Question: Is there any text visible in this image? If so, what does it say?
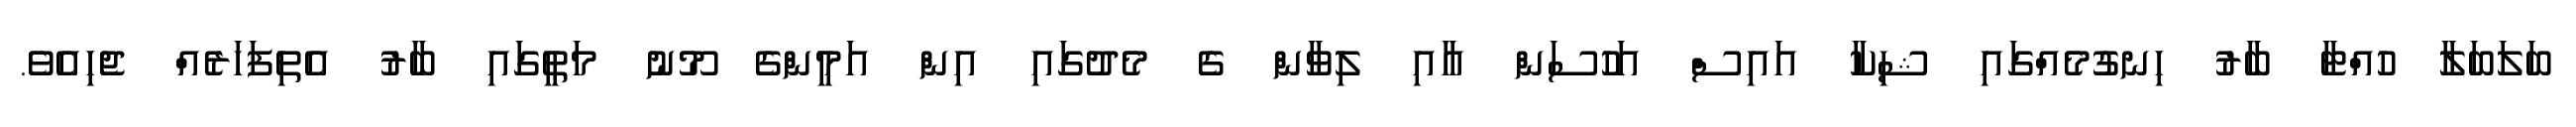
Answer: ބަލަބަލާ ހުއްޓާ ބާރު ހިނގުމެއްގައި ޝިކާ އައިސް އަހުސަން އާއި ލިވާން ގެ މެދުގައި އިން އަމީންގެ މޫނު މަތީގައި ބާރު އެތިފަހަރެއް ޖެހިއެވެ.